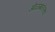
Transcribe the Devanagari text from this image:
ओळखलेल्या